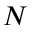
N